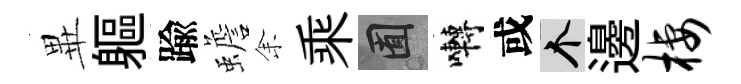
𭺾軀踰蟾𪜬乘囿囀或个邊栖